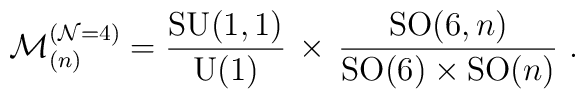
\mathcal{M}^{(\mathcal{N}=4)}_{(n)}  =\frac{\mathrm{SU}(1,1)}{\mathrm{U}(1)} \, \times  \, \frac{\mathrm{SO}(6,n)}{\mathrm{SO}(6) \times \mathrm{SO}(n)}~.